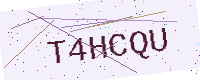
Text: T4HCQU